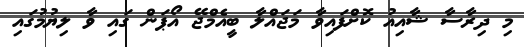
މި ދިރާސާ ޝާއިއު ކޮށްފައިވާ މަޖައްލާ ބީއެމްޖޭ އޯޕަން ގައި ވާ ލިޔުމުގައި